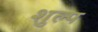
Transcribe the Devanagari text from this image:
शुल्प